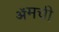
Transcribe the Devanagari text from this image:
ॲमची